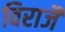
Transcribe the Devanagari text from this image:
विराजैं